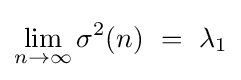
\lim _{n\rightarrow \infty }\sigma ^{2}(n)~=~\lambda _{1}